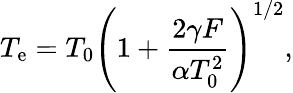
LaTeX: T_{\mathrm{e}}=T_{0}\left(1+\frac{2\gamma F}{\alpha T_{0}^{2}}\right)^{1/2},